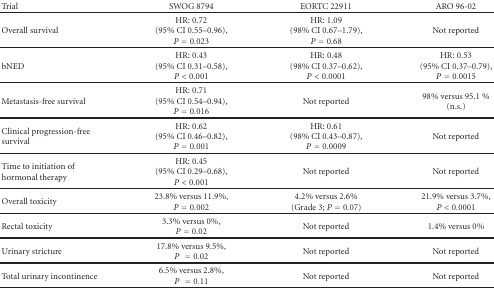
<table><thead><tr><td><b>Trial</b></td><td><b>SWOG 8794</b></td><td><b>EORTC 22911</b></td><td><b>ARO 96-02</b></td></tr></thead><tbody><tr><td>Overall survival</td><td>HR: 0.72 (95% CI 0.55–0.96), <i>P</i> = 0.023</td><td>HR: 1.09 (98% CI 0.67–1.79), <i>P</i> = 0.68</td><td>Not reported</td></tr><tr><td>bNED</td><td>HR: 0.43 (95% CI 0.31–0.58), <i>P</i> &lt; 0.001</td><td>HR: 0.48 (98% CI 0.37–0.62), <i>P</i> &lt; 0.0001</td><td>HR: 0.53(95% CI 0.37–0.79), <i>P</i> = 0.0015</td></tr><tr><td>Metastasis-free survival</td><td>HR: 0.71 (95% CI 0.54–0.94), <i>P</i> = 0.016</td><td>Not reported</td><td>98% versus 95.1 % (n.s.) </td></tr><tr><td>Clinical progression-free survival</td><td>HR: 0.62 (95% CI 0.46–0.82), <i>P</i> = 0.001</td><td>HR: 0.61 (98% CI 0.43–0.87), <i>P</i> = 0.0009</td><td>Not reported</td></tr><tr><td>Time to initiation of hormonal therapy</td><td>HR: 0.45 (95% CI 0.29–0.68),<i>P</i> &lt; 0.001</td><td>Not reported</td><td>Not reported</td></tr><tr><td>Overall toxicity</td><td>23.8% versus 11.9%, <i>P</i> = 0.002</td><td>4.2% versus 2.6% (Grade 3; <i>P</i> = 0.07)</td><td>21.9% versus 3.7%,<i>P</i> &lt; 0.0001</td></tr><tr><td>Rectal toxicity</td><td>3.3% versus 0%,<i>P</i> = 0.02</td><td>Not reported</td><td>1.4% versus 0%</td></tr><tr><td>Urinary stricture</td><td>17.8% versus 9.5%, <i>P</i> = 0.02</td><td>Not reported</td><td>Not reported </td></tr><tr><td>Total urinary incontinence</td><td>6.5% versus 2.8%,<i>P</i> = 0.11</td><td>Not reported</td><td>Not reported</td></tr></tbody></table>